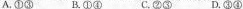
A.①③ B①④C.②③D.③④